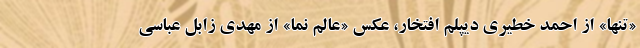
«تنها» از احمد خطیری دیپلم افتخار، عکس «عالم نما» از مهدی زابل عباسی